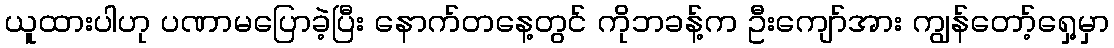
ယူထားပါဟု ပဏာမပြောခဲ့ပြီး နောက်တနေ့တွင် ကိုဘခန့်က ဦးကျော်အား ကျွန်တော့်ရှေ့မှာ